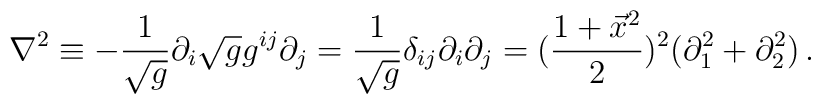
\nabla^2 \equiv - {1\over \sqrt g}\partial_i\sqrt g g^{ij} \partial_j={1\over \sqrt g} \delta_{ij} \partial_i\partial_j=({1 + \vec x^2 \over 2})^2(\partial_1^2 + \partial_2^2)\,.